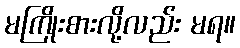
မကြိုးစားလို့လည်း မရ။